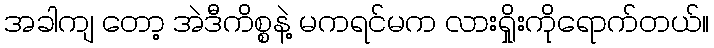
အခါကျ တော့ အဲဒီကိစ္စနဲ့ မကရင်မက လားရှိုးကိုရောက်တယ်။